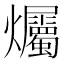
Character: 爥